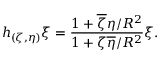
h _ { ( \zeta , \eta ) } \xi = \frac { 1 + \overline { { \zeta } } \eta / R ^ { 2 } } { 1 + \zeta \overline { { \eta } } / R ^ { 2 } } \xi .